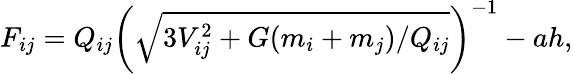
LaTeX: F_{ij}=Q_{ij}\left(\sqrt{3V_{ij}^{2}+G(m_{i}+m_{j})/Q_{ij}}\right)^{-1}-ah,